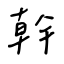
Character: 幹